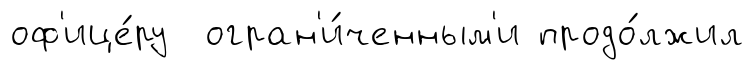
оф'ице́ру огран'и́ченным'и продо́лжил